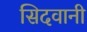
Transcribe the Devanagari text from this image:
सिदवानी